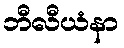
ဘီလီယံနာ